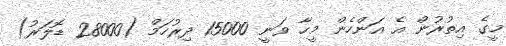
މީގެ އިތުރުން އެ އަންހެން މީހާ ވަނީ 15000 ދިރުހަމް (28000 ޑޮލަރު)